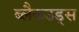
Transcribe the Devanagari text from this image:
ब्लैकउड्स